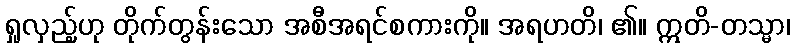
ရှုလှည့်ဟု တိုက်တွန်းသော အစီအရင်စကားကို။ အရဟတိ၊ ၏။ ဣတိ-တသ္မာ၊